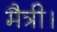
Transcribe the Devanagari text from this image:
मैत्री।